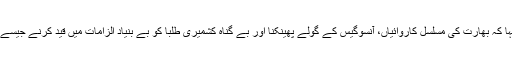
ٹوئٹر پر اپنے ایک پیغام میں ترجمان دفتر خارجہ ڈاکٹر محمد فیصل نے کہا کہ بھارت کی مسلسل کاروائیاں، آنسوگیس کے گولے پھینکنا اور بے گناہ کشمیری طلبا کو بے بنیاد الزامات میں قید کرنے جیسے واقعات مقبوضہ کشمیر کے پولیس سٹیٹ ہونے کی حقیقت کے مظہر ہیں۔